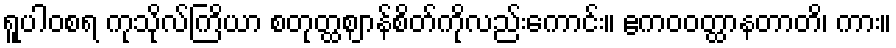
ရူပါဝစရ ကုသိုလ်ကြိယာ စတုတ္ထဈာန်စိတ်ကိုလည်းကောင်း။ ဧကဝဝတ္ထာနတာတိ၊ ကား။